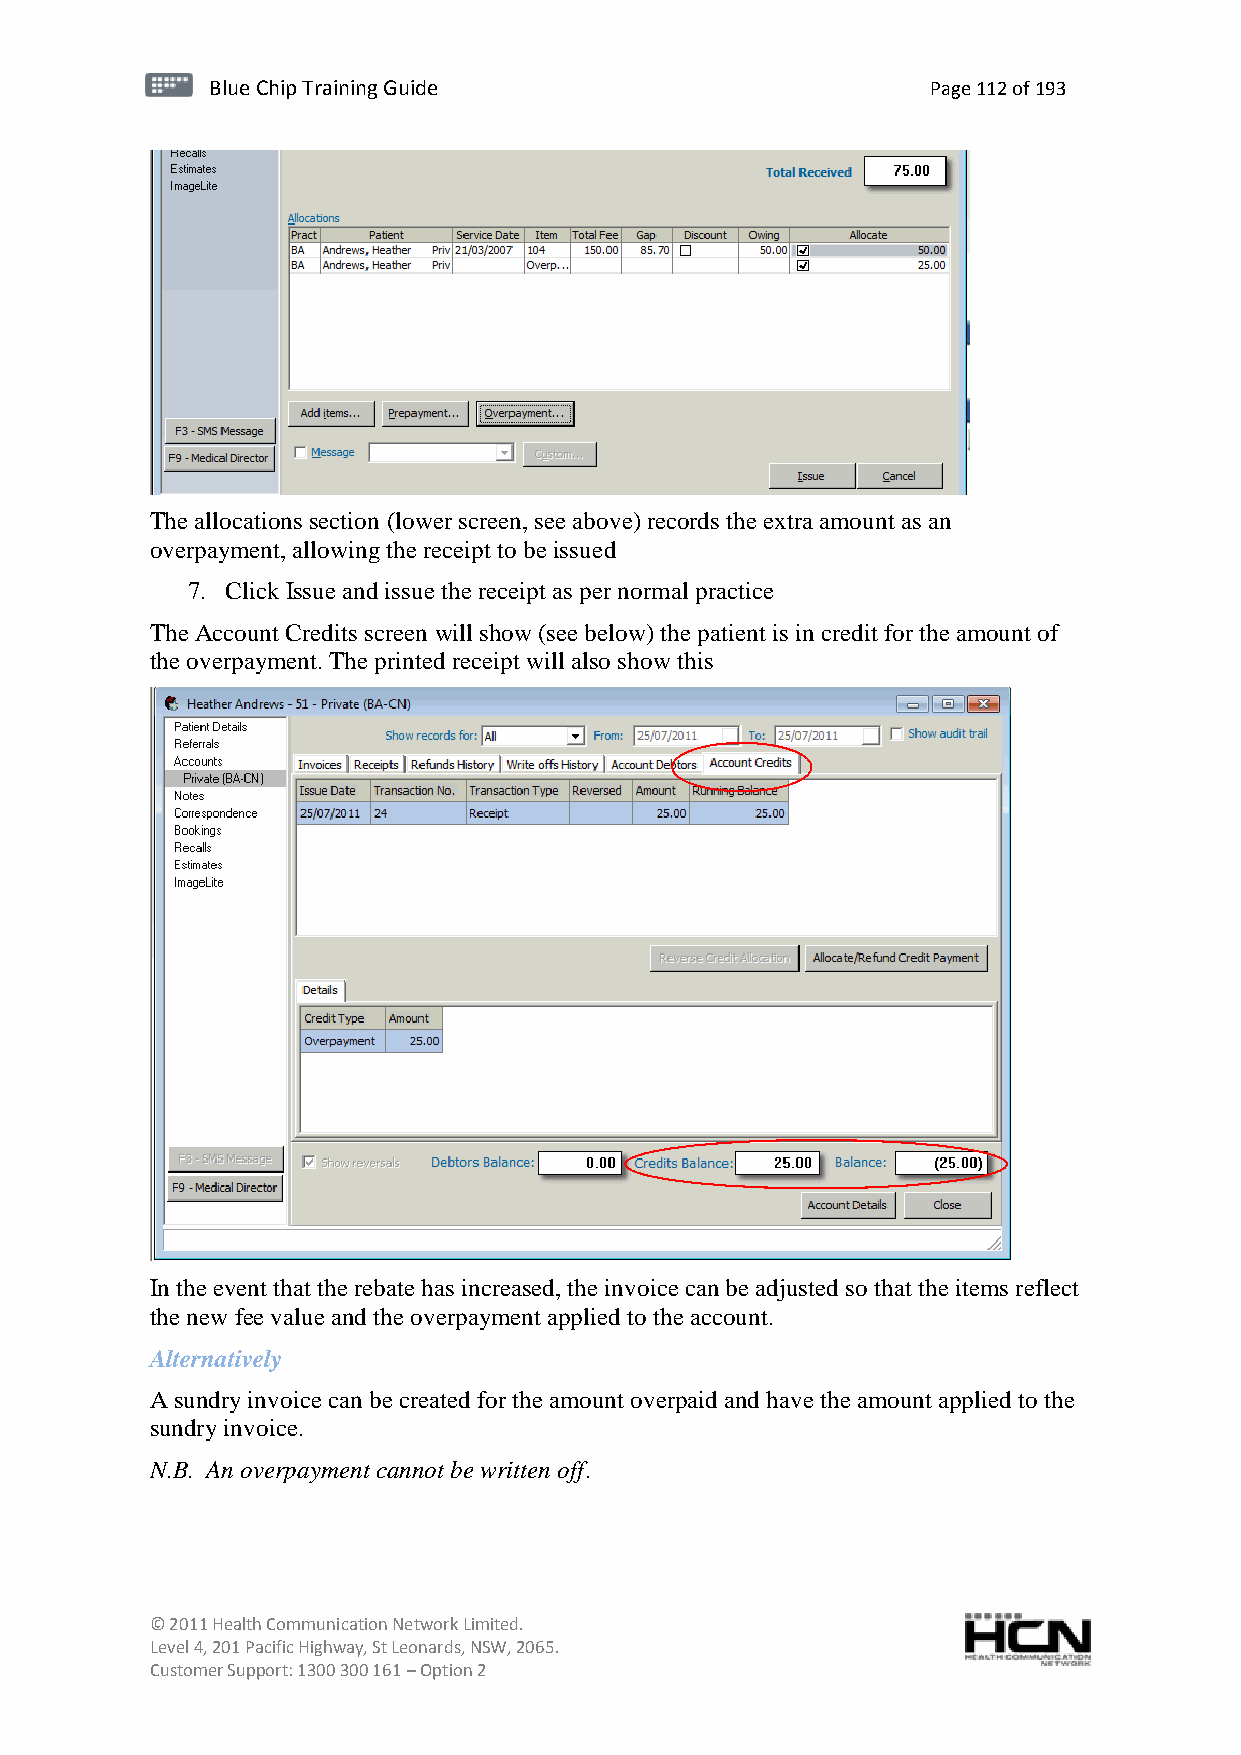
BBlluuee C Chihpi pTr Tairnainingi Gnugi dGeu ide Page 112 of 193
 The allocations section (lower screen, see above) records the extra amount as an
 overpayment, allowing the receipt to be issued
 7. Click Issue and issue the receipt as per normal practice
 The Account Credits screen will show (see below) the patient is in credit for the amount of
 the overpayment. The printed receipt will also show this
 In the event that the rebate has increased, the invoice can be adjusted so that the items reflect
 the new fee value and the overpayment applied to the account.
 Alternatively
 A sundry invoice can be created for the amount overpaid and have the amount applied to the
 sundry invoice.
 N.B. An overpayment cannot be written off.
 © 2011 Health Communication Network Limited.
 Level 4, 201 Pacific Highway, St Leonards, NSW, 2065.
 Customer Support: 1300 300 161 – Option 2